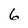
Character: 6